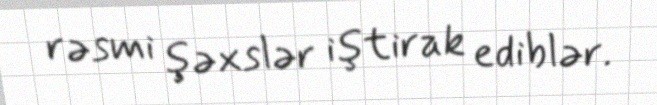
rəsmi şəxslər iştirak ediblər.